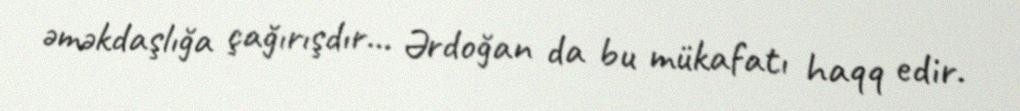
əməkdaşlığa çağırışdır… Ərdoğan da bu mükafatı haqq edir.